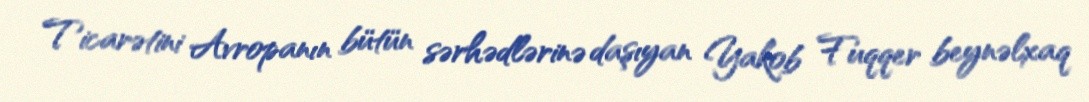
Ticarətini Avropanın bütün sərhədlərinə daşıyan Yakob Fuqqer beynəlxaq